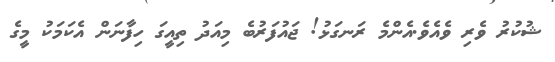
ޝުކުރު ވެރި ވެއެވެ.އެންމެ ރަނގަޅު! ޖައުފަރުބެ މިއަދު ތިއީގަ ހިފާނަން އެކަމަކު މީގެ